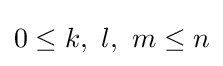
0\leq k,\ l,\ m\leq n